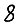
Digit: 8